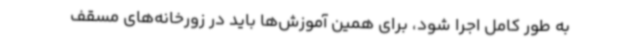
به طور کامل اجرا شود، برای همین آموزش‌ها باید در زورخانه‌های مسقف